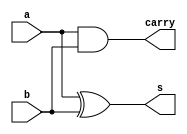
module half_adder(a,b,s,carry);
    input a,b;
    output s,carry;

    xor xor1(s,a,b);
    and and1(carry,a,b);

endmodule